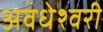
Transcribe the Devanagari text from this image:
अवधेश्वरी